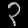
Digit: ၃